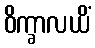
ဝိက္ခာလယိံ